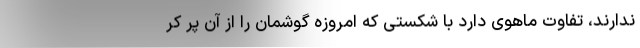
ندارند، تفاوت ماهوی دارد با شکستی که امروزه گوشمان را از آن پر کر